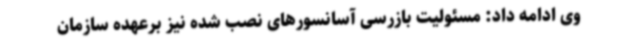
وی ادامه داد: مسئولیت بازرسی آسانسورهای نصب شده نیز برعهده سازمان